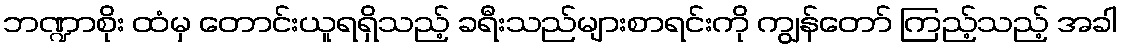
ဘဏ္ဍာစိုး ထံမှ တောင်းယူရရှိသည့် ခရီးသည်များစာရင်းကို ကျွန်တော် ကြည့်သည့် အခါ